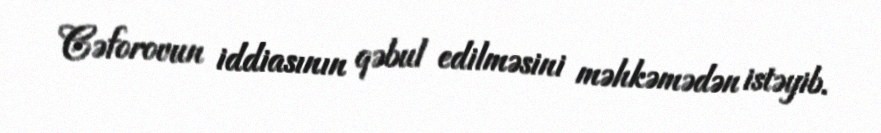
Cəforovun iddiasının qəbul edilməsini məhkəmədən istəyib.